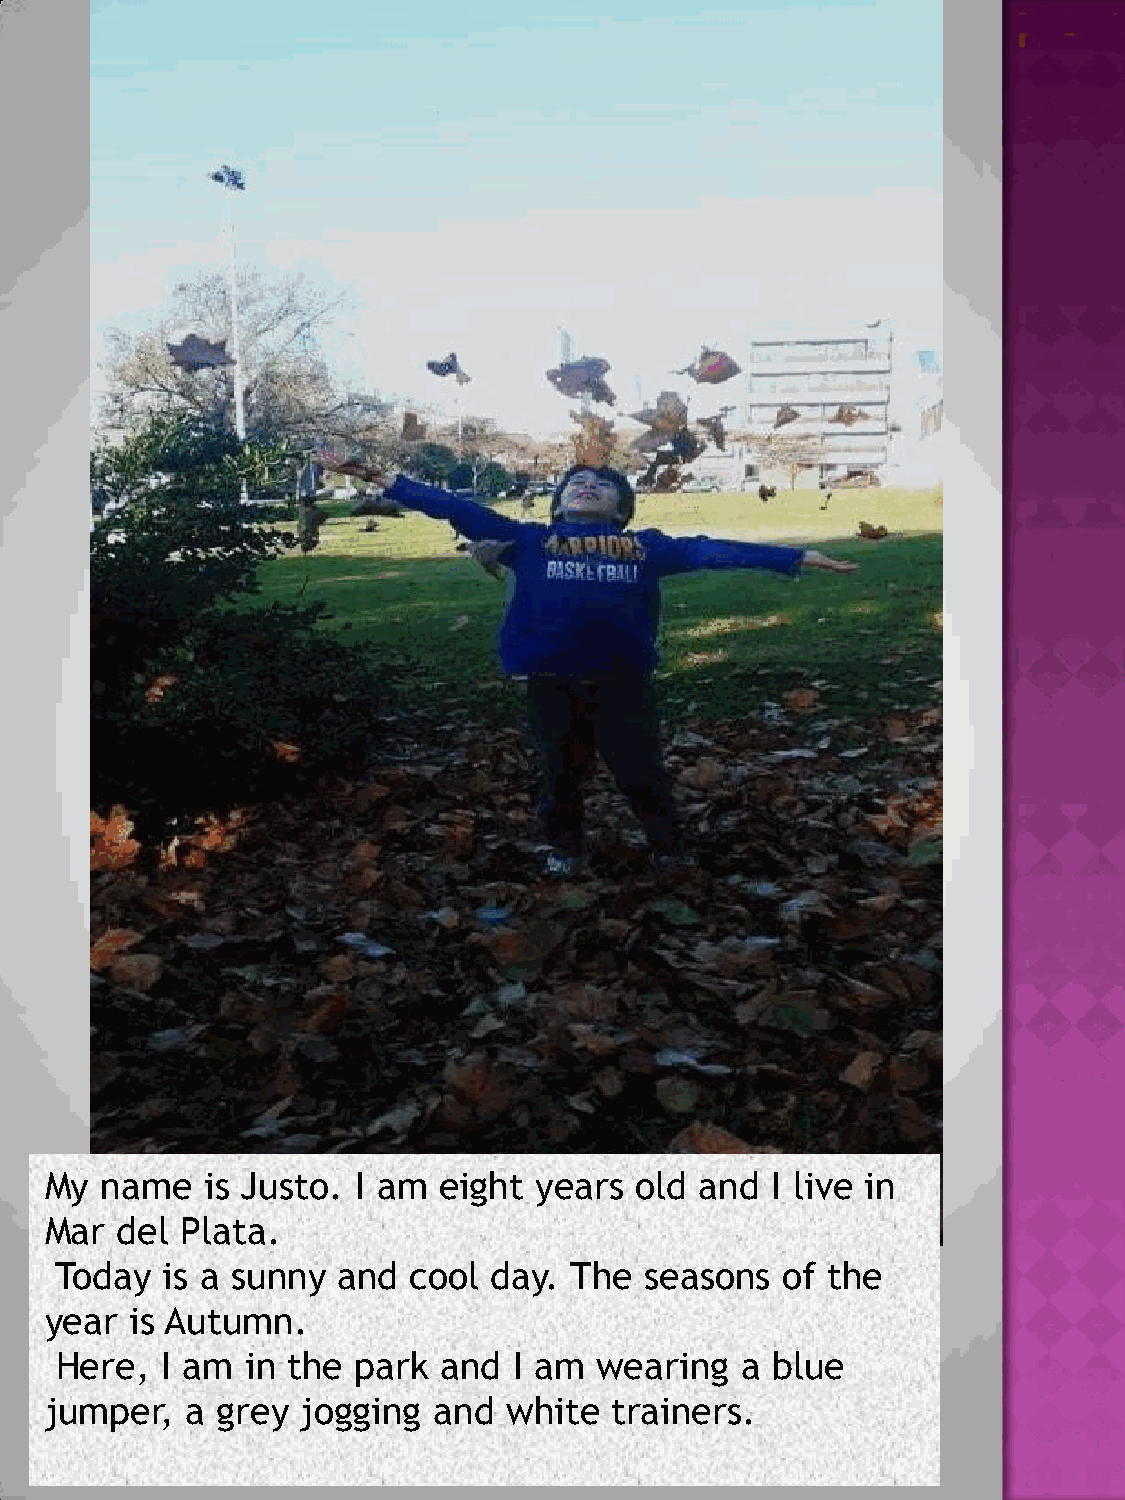
My  name   is Justo. I am eight years  old and  I live in
 Mar  del Plata.
 Today  is a sunny and  cool  day. The  seasons  of the
 year  is Autumn.
 Here,  I am in the park  and  I am wearing   a blue
 jumper,  a grey  jogging  and white   trainers.